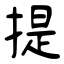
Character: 提